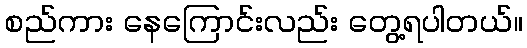
စည်ကား နေကြောင်းလည်း တွေ့ရပါတယ်။